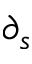
\partial _ { s }